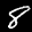
Label: 8